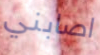
اصابني